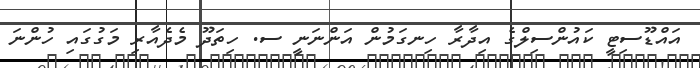
އައްޑޫސިޓީ ކައުންސިލްގެ އިދާރާ ހިނގަމުން އަންނަނީ ސ. ހިތަދޫ މެދެއާރި މަގުގައި ހުންނަ